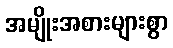
အမျိုးအစားများစွာ